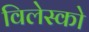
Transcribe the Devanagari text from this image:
विलेस्को